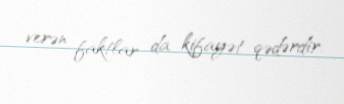
verən faktlar da kifayət qədərdir.